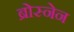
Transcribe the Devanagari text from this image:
ब्रोस्नेन